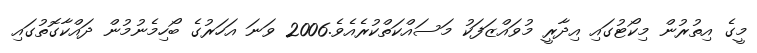
މީގެ އިތުރުން މިކޯޓުގައި އިދާރީ މުވައްޒަފަކު މަސައްކަތްކުރެއެވެ.2006 ވަނަ އަހަރުގެ ބޯހިމެނުމުން ދައްކާގޮތުގައި